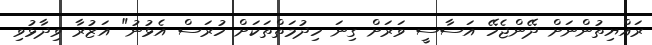
ރައްޔިތުންނަށް ދޭންޖެހޭ އަސާސީ ވަރަށް ގިނަ ހިދުމަތްތަކަށް ހުރަސް އެޅުނު" އަޒުރާ ވިދާޅުވި